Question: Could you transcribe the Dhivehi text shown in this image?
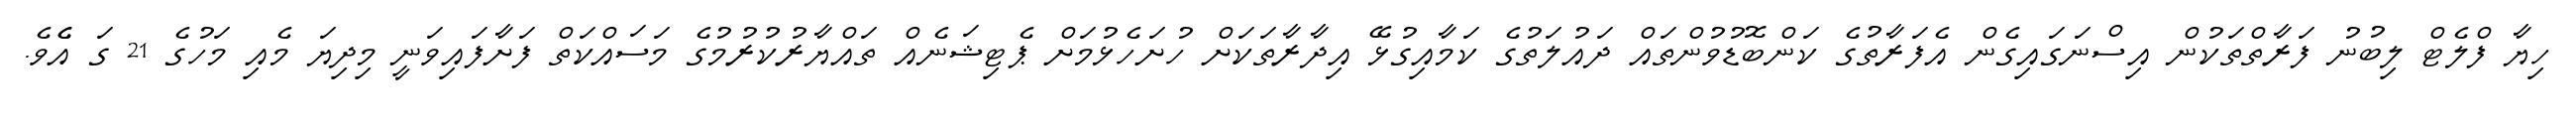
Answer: ހިޔާ ފްލެޓް ލިބުނު ފަރާތްތަކުން އިސްނަގައިގެން އެފަރާތުގެ ކަންބޮޑުވުންތައް ދައުލަތުގެ ކަމާއިގުޅޭ އިދާރާތަކަށް ހުށަހެޅުމަށް ޕެޓިޝަނެއް ތައްޔާރުކުރުމުގެ މަސައްކަތް ފަށާފައިވަނީ މިދިޔަ މެއި މަހުގެ 21 ގަ އެެވެ.